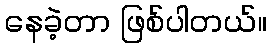
နေခဲ့တာ ဖြစ်ပါတယ်။